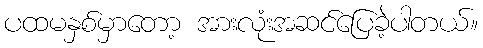
ပထမနှစ်မှာတော့ အားလုံးအဆင်ပြေခဲ့ပါတယ်။